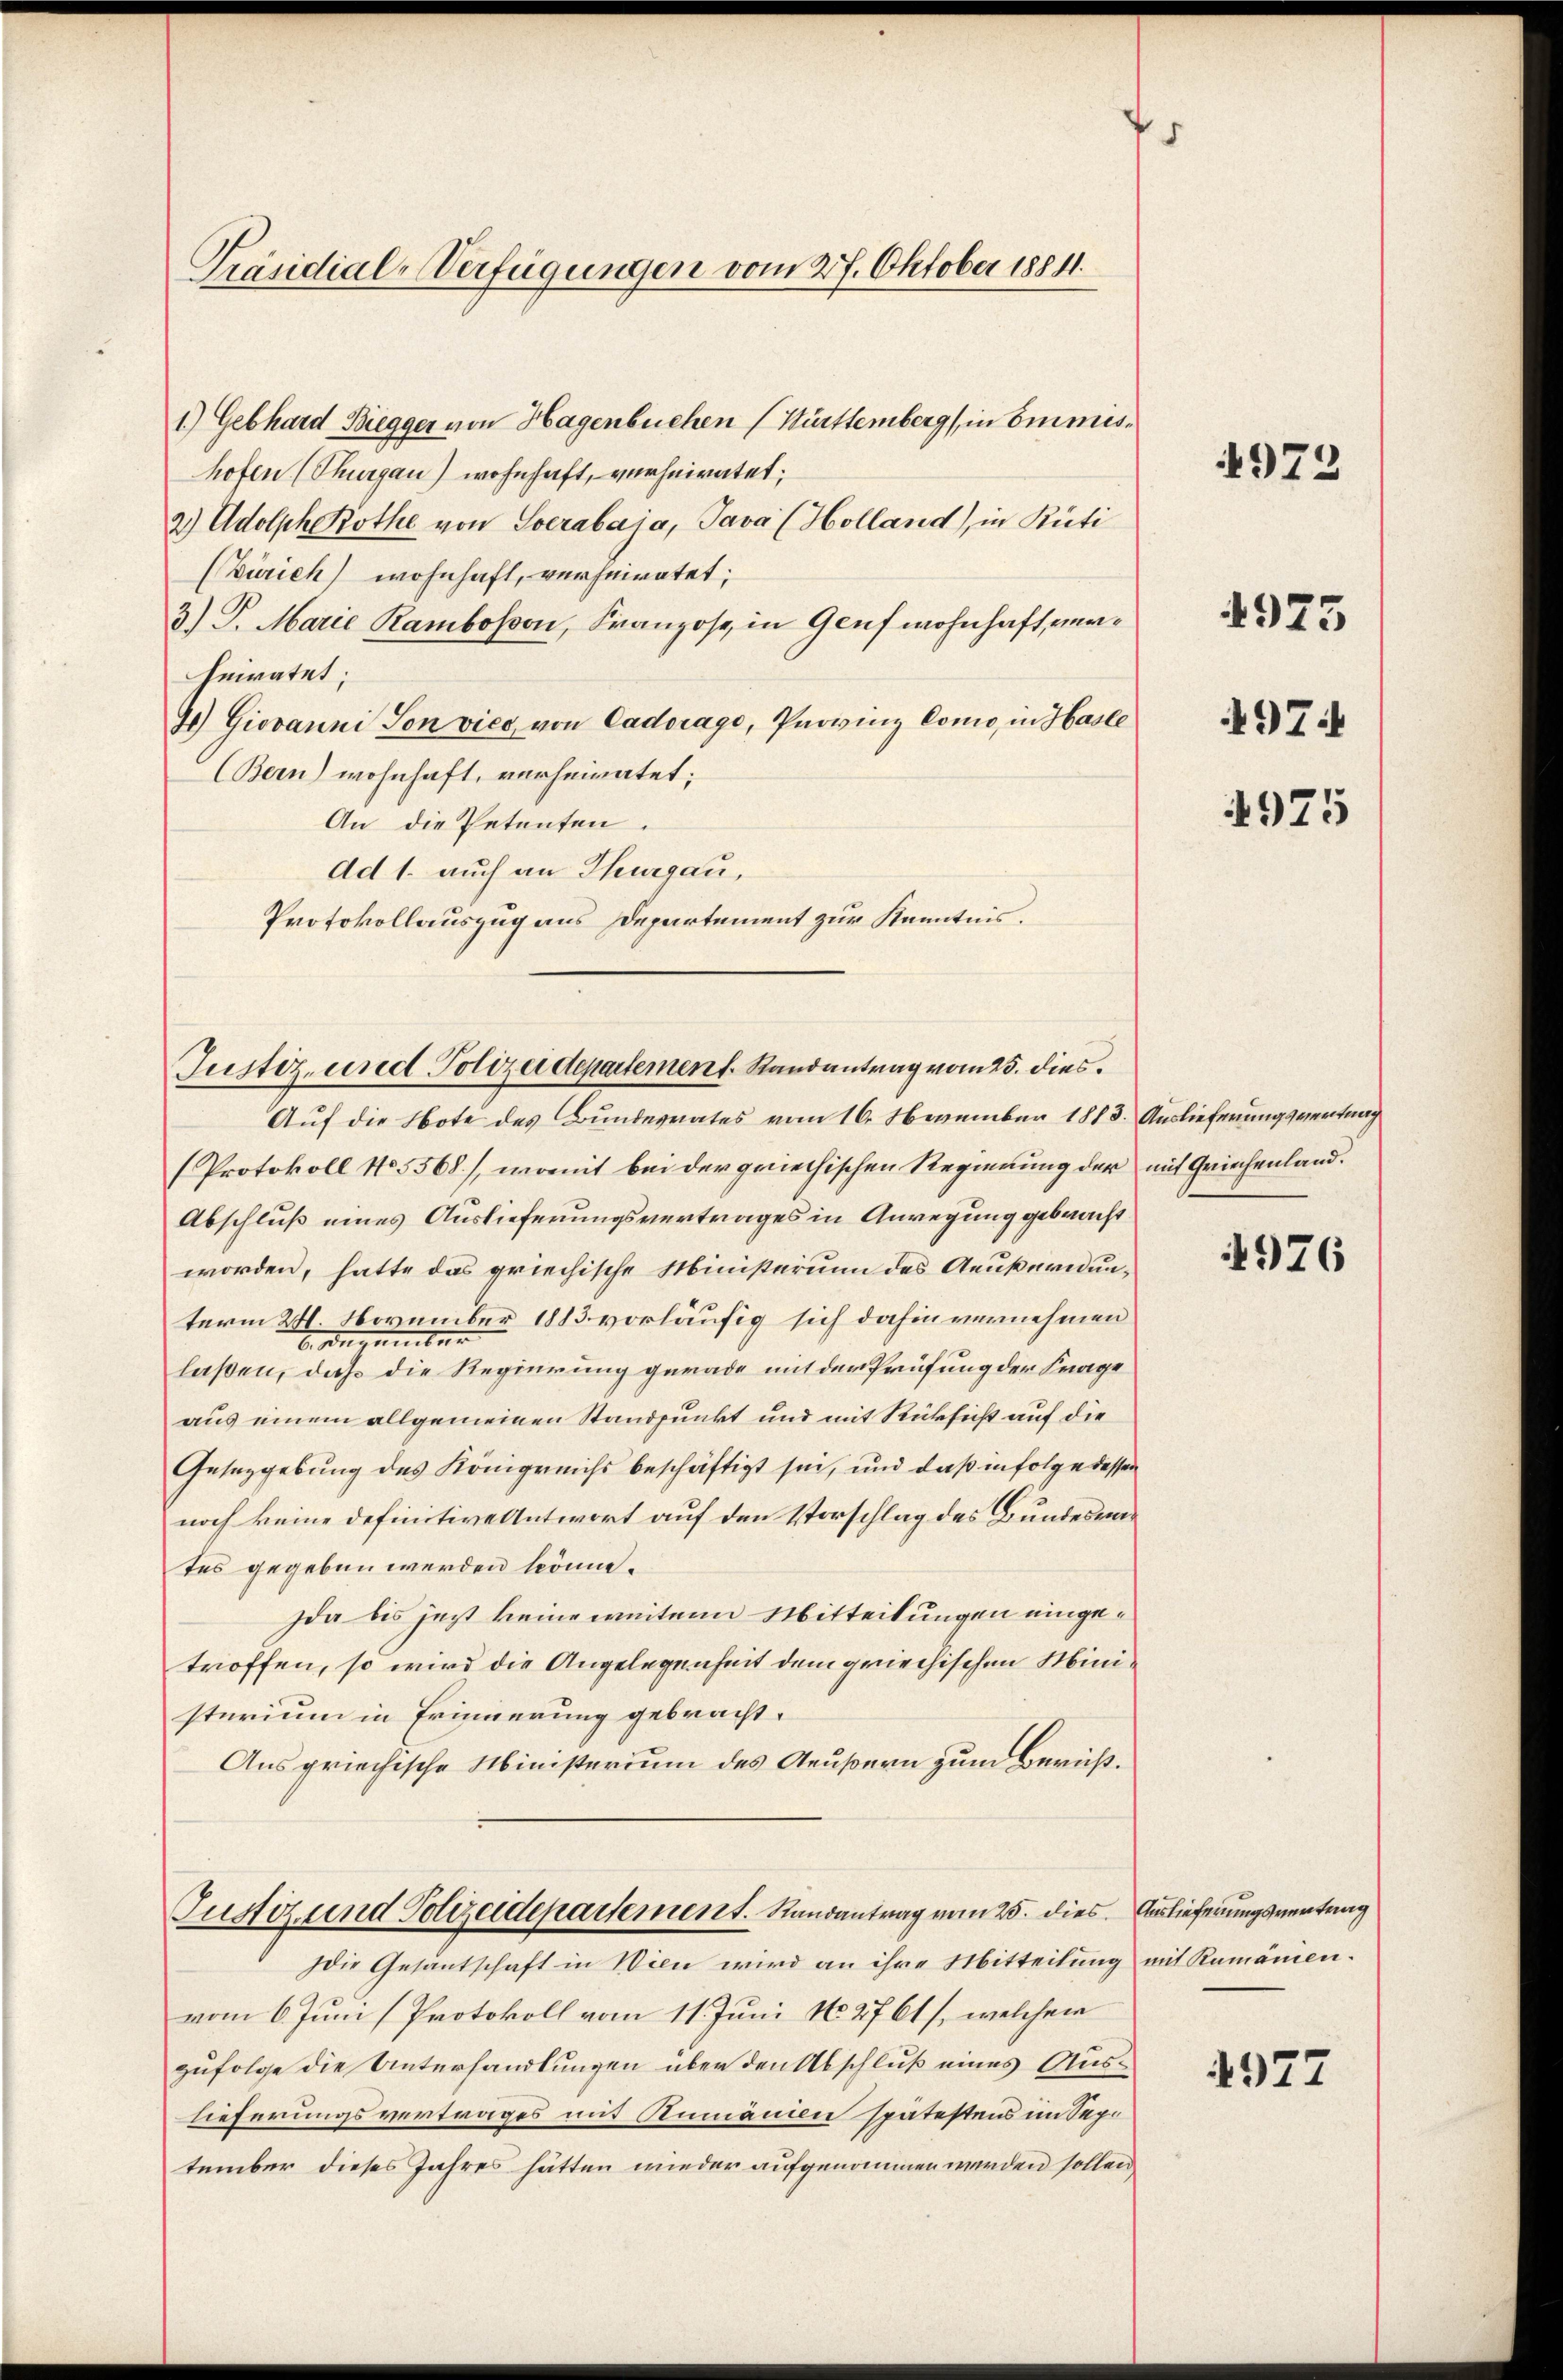
Präsidial-Verfügungen vom 27. Oktober 18841.

1) Gebhard Biegger von Hagenbuchen (Württemberg in ommishofen (Thurgau) wohnhaft, verheiratet,
2) Adolph Rothe von Socrabaja, Java (Holland), in Rüti
(Zürich) wohnhaft, verheiratet;
3.) S. Marie Rambosson, Franzose, in Genf wohnhaft, naheiratet;
4) Giovanni Son vice von Cadorago, Provinz Como, in Hasle
Bern) wohnhaft, verheiratet;
An die Petenten.
Ad 1. auch an Thurgau,
Protokollauszug aus Departement zur Kenntnis.

Justiz- und Polizeidepartement. Randantrag vom 25. dies

Auf die Note des Bundesrates vom 16. November 1813. Auslieferungsvertrag
(Protokoll No 5568), womit bei der griechischen Regierung der mit Griechenland¬
Abschluß eines Auslieferungsvertrages in Anregung gebracht
worden, hatte das griechische Ministerium des Aeußern unterm 24. November 1883 vorläufig sich dahin vernehmen
Angumben
laßen, daß die Regierung gerade mit der Prüfung der Frage
aus einem allgemeinen Standpunkt und mit Rücksicht auf die
Gesetzgebung des Königreichs beschäftigt sei, und daß infolge dessen
noch keine definitive Antwort auf den Vorschlag des Bundesrates gegeben werden könne.
Ida bis jezt keine weitern Mitteilungen eingetroffen, so wird die Angelegenheit dem griechischen Ministerium in Erinnerung gebracht.
Aus griechische Ministerium des Aeußern zum Bericht.
Justiz und Polizeidepartement. Randantrag vom 25. dies. Auslieferungsvertung
Die Gesantschaft in Wien wird an ihre Mitteilung mit Rumänien.
vom 6. Juni (Protokoll vom 11. Juni No 2761), welchem
zufolge die Unterhandlungen über den Abschluß eines Auslieferungsvertrages mit Anmannen spätestens im September dieses Jahres hätten wieder aufgenommen werden sollen,

4972

4975

497

4975

976

4977